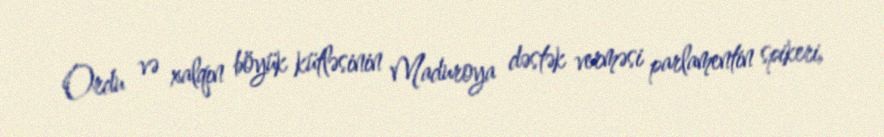
Ordu və xalqın böyük kütləsinin Maduroya dəstək verməsi parlamentin spikeri,